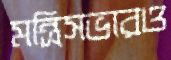
মন্ত্রিসভারও